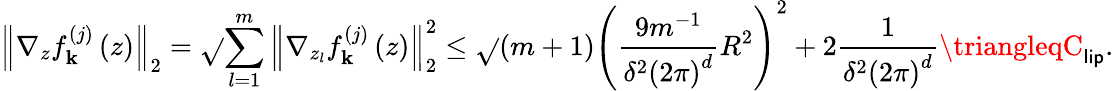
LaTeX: \left\Vert\nabla_{z}f_{\mathbf{k}}^{(j)}\left(z\right)\right\Vert_{2}=\sqrt{}{{\sum_{l=1}^{m}\left\Vert\nabla_{z_{l}}f_{\mathbf{k}}^{(j)}\left(z\right)\right\Vert_{2}^{2}}}\leq\sqrt{}{{\left(m+1\right)\left(\frac{{9m^{-1}}}{{\delta^{2}\left(2\pi\right)^{d}}}R^{2}\right)^{2}+2\frac{{1}}{{\delta^{2}\left(2\pi\right)^{d}}}}}\triangleqC_{\mathsf{{lip}}}.